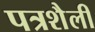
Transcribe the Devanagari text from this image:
पत्रशैली